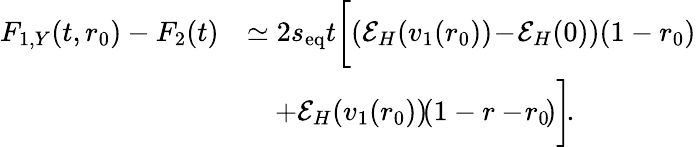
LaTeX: \begin{array}{rl}{F_{1,Y}(t,r_{0})-F_{2}(t)}&{\simeq 2s_{\mathrm{eq}}t\biggl[(\mathcal{E}_{H}(v_{1}(r_{0}))\! -\! \mathcal{E}_{H}(0))(1-r_{0})}\\ &{\quad+\mathcal{E}_{H}(v_{1}(r_{0}))\! \! \left(1-r-\! r_{0}\! \right)\biggr]\! .}\end{array}